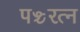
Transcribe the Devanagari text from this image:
पञ्चरत्न